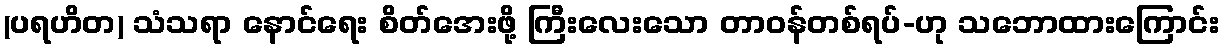
(ပရဟိတ) သံသရာ နောင်ရေး စိတ်အေးဖို့ ကြီးလေးသော တာဝန်တစ်ရပ်-ဟု သဘောထားကြောင်း